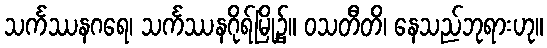
သင်္ကဿနဂရေ၊ သင်္ကဿနဂိုရ်မြို့၌။ ဝသတီတိ၊ နေသည်ဘုရားဟု။